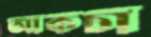
আকচা